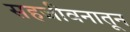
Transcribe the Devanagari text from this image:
सहजीवनातून